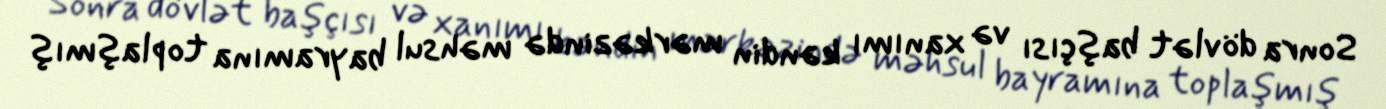
Sonra dövlət başçısı və xanımı kəndin mərkəzində məhsul bayramına toplaşmış